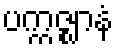
ပက္ကဇ္ဈာနံ